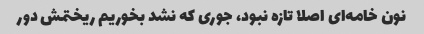
نون خامه‌ای اصلا تازه نبود، جوری که نشد بخوریم ریختمش دور